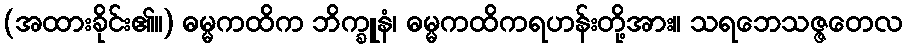
(အထားခိုင်း၏။) ဓမ္မကထိက ဘိက္ခူနံ၊ ဓမ္မကထိကရဟန်းတို့အား။ သရဘေသဇ္ဇတေလ